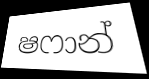
ෂෆාන්